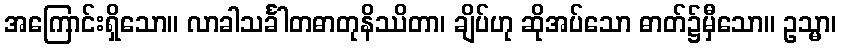
အကြောင်းရှိသော။ လာခါသင်္ခါတဓာတုနိဿိတာ၊ ချိပ်ဟု ဆိုအပ်သော ဓာတ်၌မှီသော။ ဥသ္မာ၊